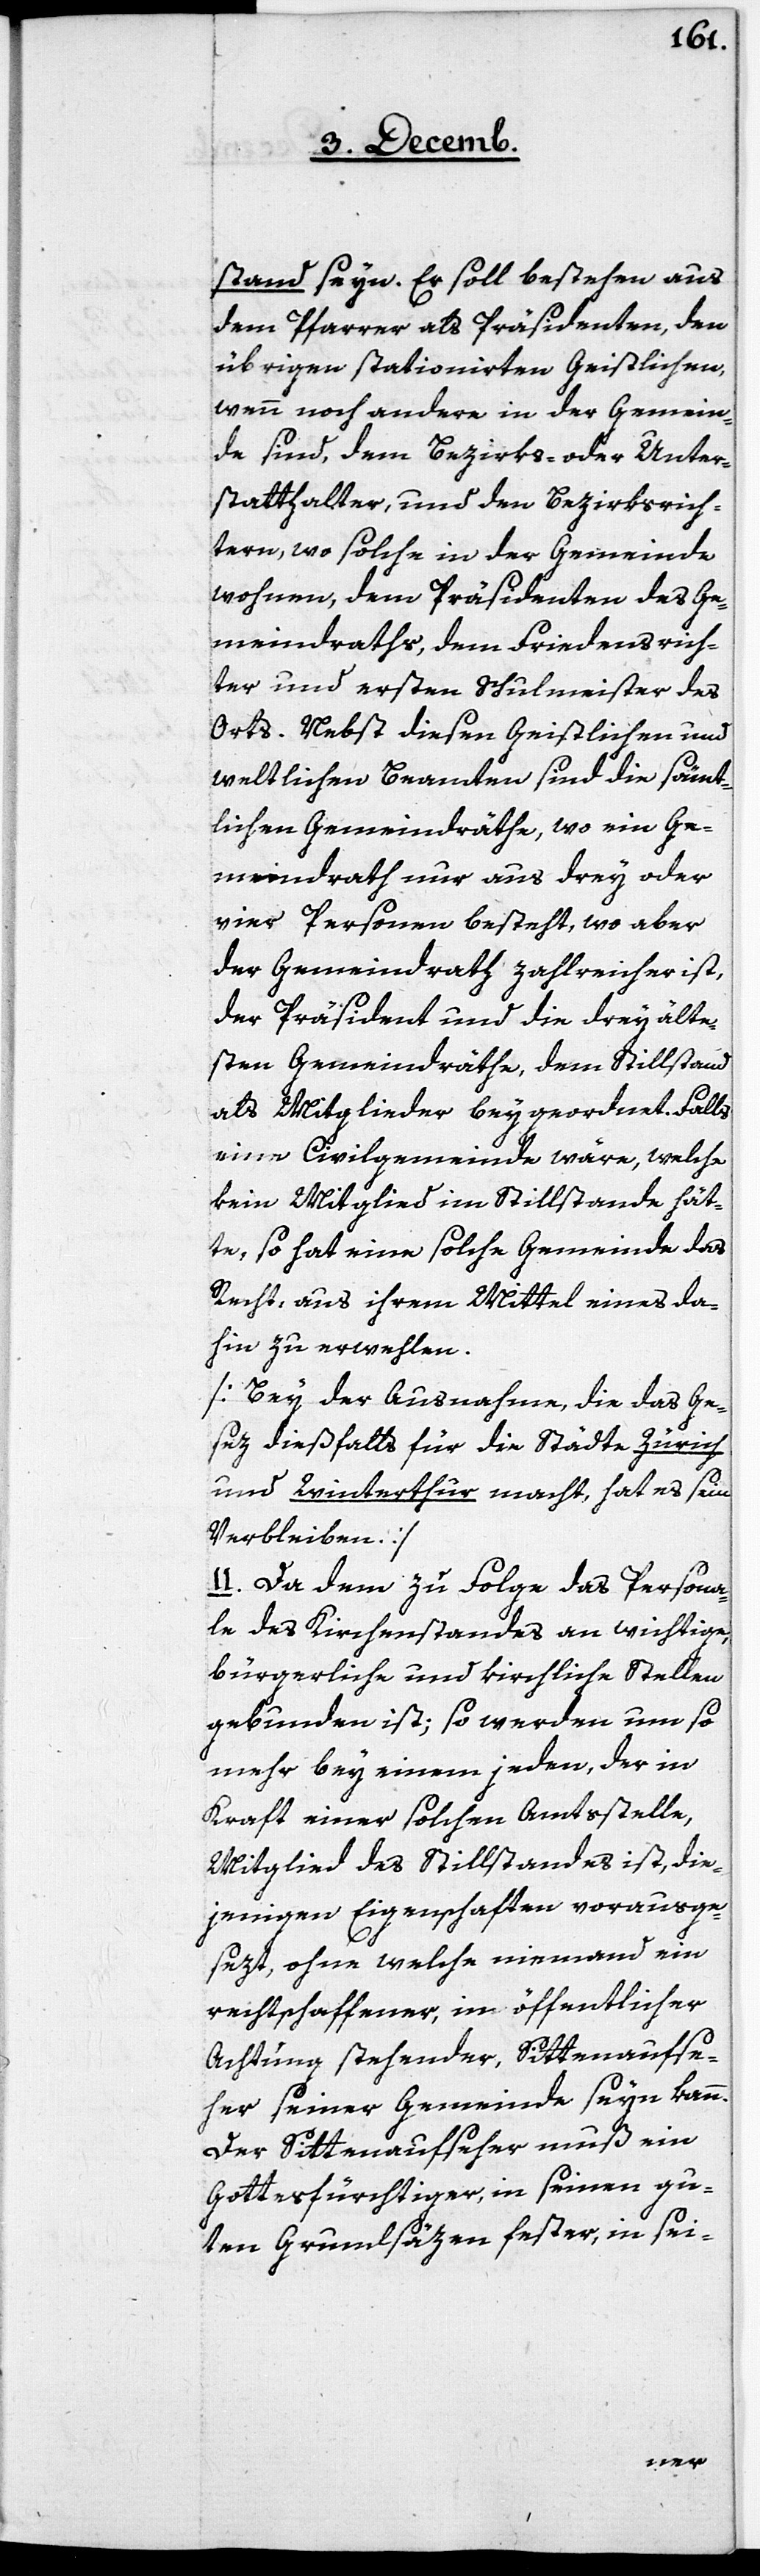
stand seyn. Er soll bestehen aus
dem Pfarrer als Präsidenten, den
übrigen stationirten Geistlichen,
wenn noch andere in der Gemein¬
de sind, dem Bezirks- oder Unter¬
statthalter, und den Bezirksrich¬
tern, wo solche in der Gemeinde
wohnen, dem Präsidenten des Ge¬
meindraths, dem Friedensrich¬
ter und ersten Schulmeister des
Orts. Nebst diesen Geistlichen und
weltlichen Beamten sind die sämmt¬
lichen Gemeindräthe, wo ein Ge¬
meindrath nur aus drey oder
vier Personen besteht, wo aber
der Gemeindrath zahlreicher ist,
der Präsident und die drey älte¬
sten Gemeindräthe, dem Stillstand
als Mitglieder beygeordnet. Falls
eine Civilgemeinde wäre, welche
kein Mitglied im Stillstand hät¬
te, so hat eine solche Gemeinde das
Recht, aus ihrem Mittel eines da¬
hin zu erwehlen.
[Bey der Ausnahme, die das Ge¬
sez dießfalls für die Städte Zürich
und Winterthur macht, hat es sein
Verbleiben.]
II. Da dem zu Folge das Persona¬
le des Kirchenstandes an wichtige,
bürgerliche und kirchliche Stellen
gebunden ist; so werden um so
mehr bey einem jeden, der in
Kraft einer solchen Amtsstelle,
Mitglied des Stillstandes ist, die¬
jenigen Eigenschaften vorausge¬
sezt, ohne welche niemand ein
rechtschaffener, im öffentlicher
Achtung stehender, Sittenaufse¬
her seiner Gemeinde seyn kann.
Der Sittenaufseher muß ein
Gottesfürchtiger, in seinen gu¬
ten Grundsäzen fester, in sei-